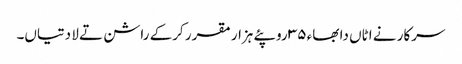
سرکار نے اٹاں دا بھاء ٣٥ روپئے ہزار مقرر کرکے راشن تے لا دتیاں۔